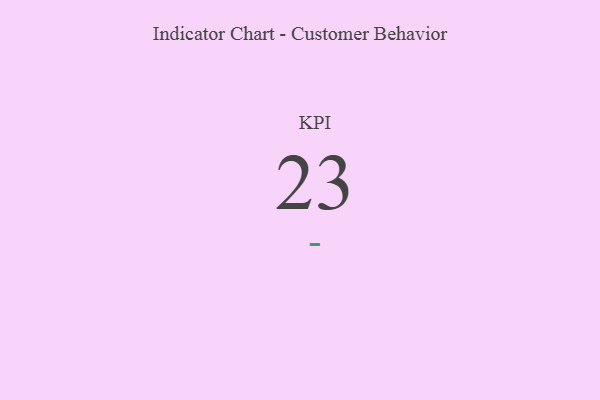
{"axis": {"x": "KPI", "y": "Value"}, "legend": [""], "data": [{"x": "KPI", "y": 23, "type": ""}]}